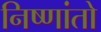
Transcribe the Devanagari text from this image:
निष्णांतो